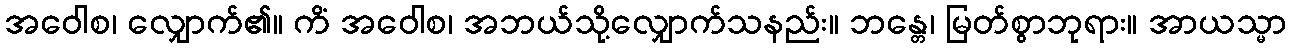
အဝေါစ၊ လျှောက်၏။ ကိံ အဝေါစ၊ အဘယ်သို့လျှောက်သနည်း။ ဘန္တေ၊ မြတ်စွာဘုရား။ အာယသ္မာ